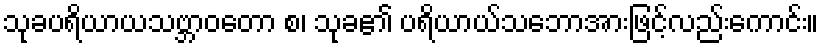
သုခပရိယာယသဗ္ဘာဝတော စ၊ သုခ၏ ပရိယာယ်သဘောအားဖြင့်လည်းကောင်း။